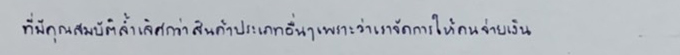
ที่มีคุณสมบัติล้ำเลิศกว่าสินค้าประเภทอื่นๆเพราะว่าเราจัดการให้คนจ่ายเงิน